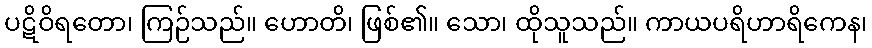
ပဋိဝိရတော၊ ကြဉ်သည်။ ဟောတိ၊ ဖြစ်၏။ သော၊ ထိုသူသည်။ ကာယပရိဟာရိကေန၊